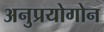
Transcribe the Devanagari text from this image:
अनुप्रयोगोन